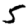
Digit: 5